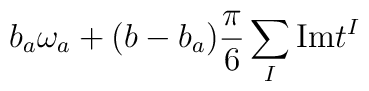
b_a\omega_a + (b-b_a){\pi\over6}\sum_I{\rm Im}t^I